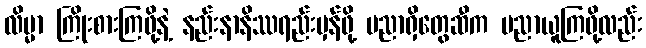
လိမ္မာ ကြိုးစားကြဖို့နဲ့ နည်းနာနိဿရည်းမှန်ဖို့ ပညာရှိတွေဆီက ပညာယူကြဖို့လည်း